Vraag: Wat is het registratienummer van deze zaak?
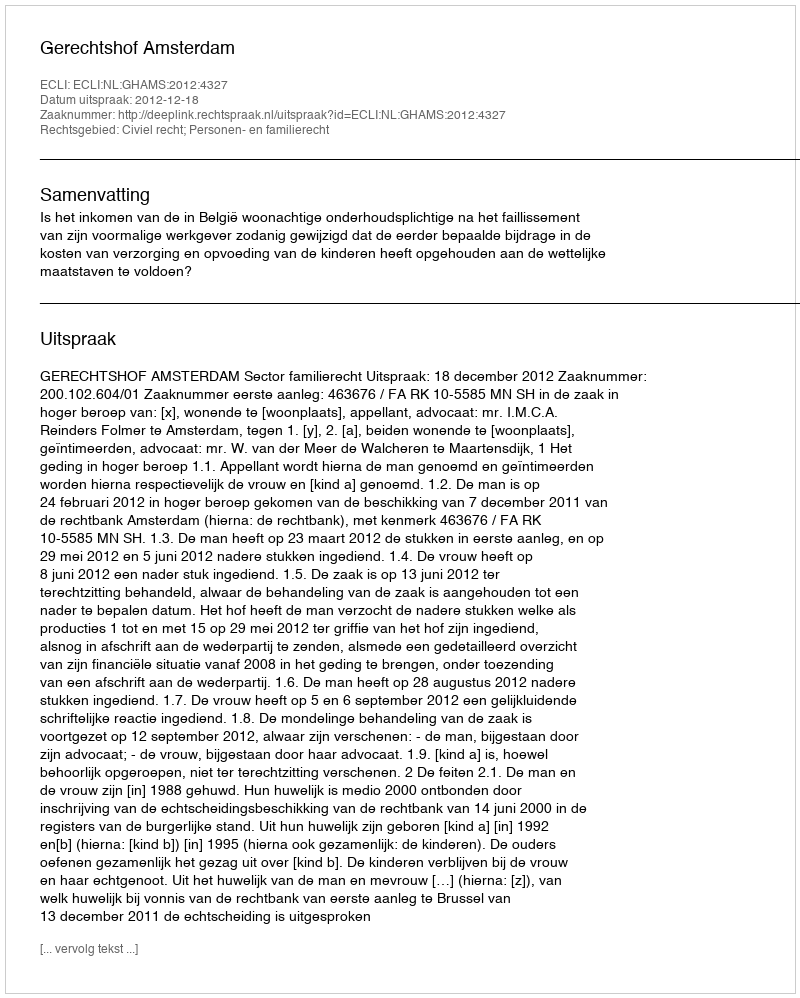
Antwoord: http://deeplink.rechtspraak.nl/uitspraak?id=ECLI:NL:GHAMS:2012:4327